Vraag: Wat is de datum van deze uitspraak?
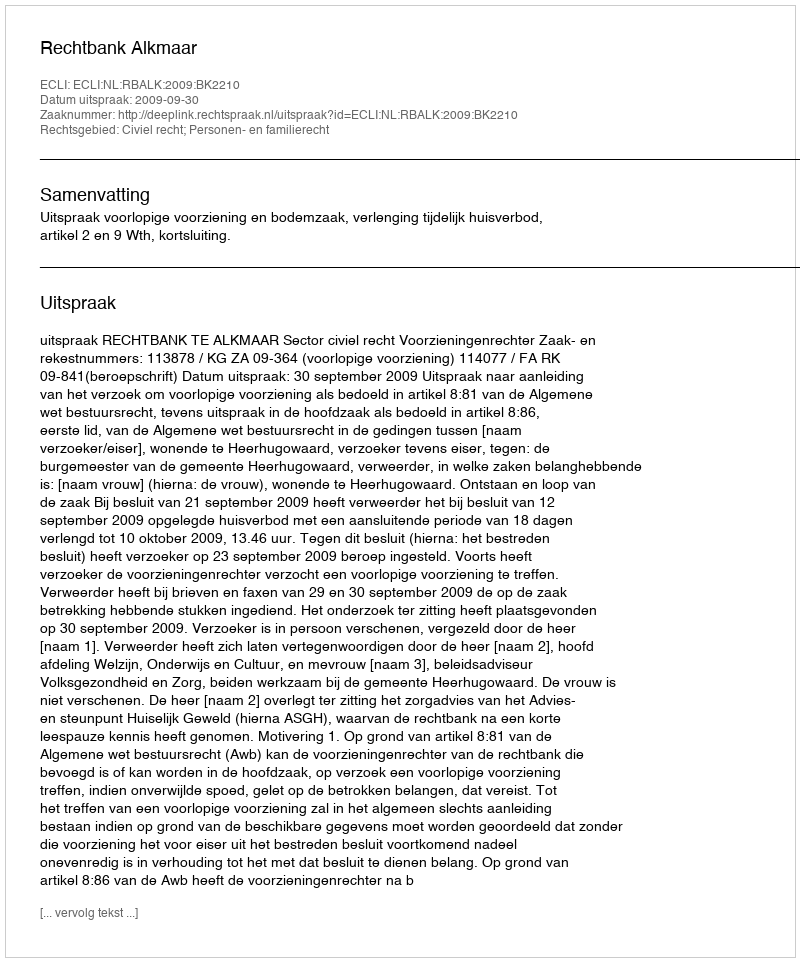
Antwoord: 2009-09-30